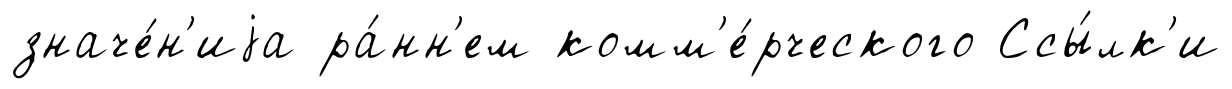
значе́н'иjа ра́нн'ем комм'е́рческого Ссы́лк'и